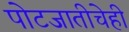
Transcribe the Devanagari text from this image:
पोटजातीचेही